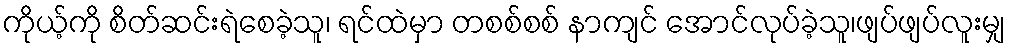
ကိုယ့်ကို စိတ်ဆင်းရဲစေခဲ့သူ၊ ရင်ထဲမှာ တစစ်စစ် နာကျင် အောင်လုပ်ခဲ့သူ၊ဖျပ်ဖျပ်လူးမျှ